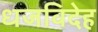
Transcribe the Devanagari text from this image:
धजविदेह